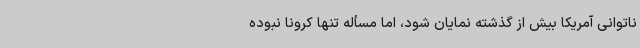
ناتوانی آمریکا بیش از گذشته نمایان شود، اما مسأله تنها کرونا نبوده